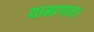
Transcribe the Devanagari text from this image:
यामागाता।